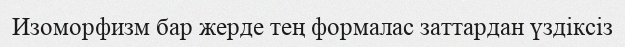
Изоморфизм бар жерде тең формалас заттардан үздіксіз